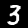
Label: 3